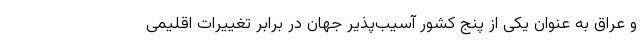
و عراق به عنوان یکی از پنج کشور آسیب‌پذیر جهان در برابر تغییرات اقلیمی